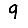
Digit: 9